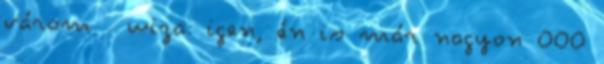
várom . wiza: igen, én is már nagyon OOO